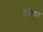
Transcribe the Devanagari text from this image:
हैबियर